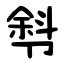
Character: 厁